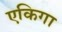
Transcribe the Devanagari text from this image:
एकिगा